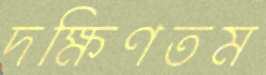
দক্ষিণতম